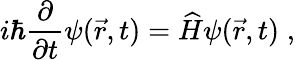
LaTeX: i\hbar\frac{\partial}{\partial t}\psi(\vec{r},t)=\widehat{H}\psi(\vec{r},t)\; ,